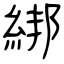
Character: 綁